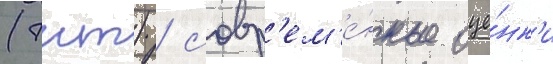
(тнт) / совр'ем'е́нные оце́нк'и